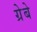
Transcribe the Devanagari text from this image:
ग्रेबे